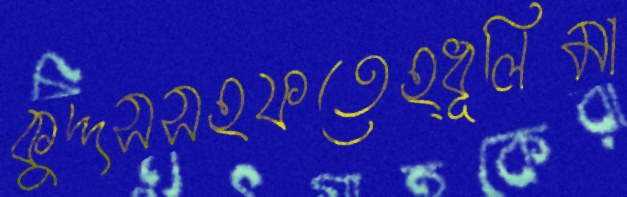
কুদ্দসসহফতেহ্ধূলিমা